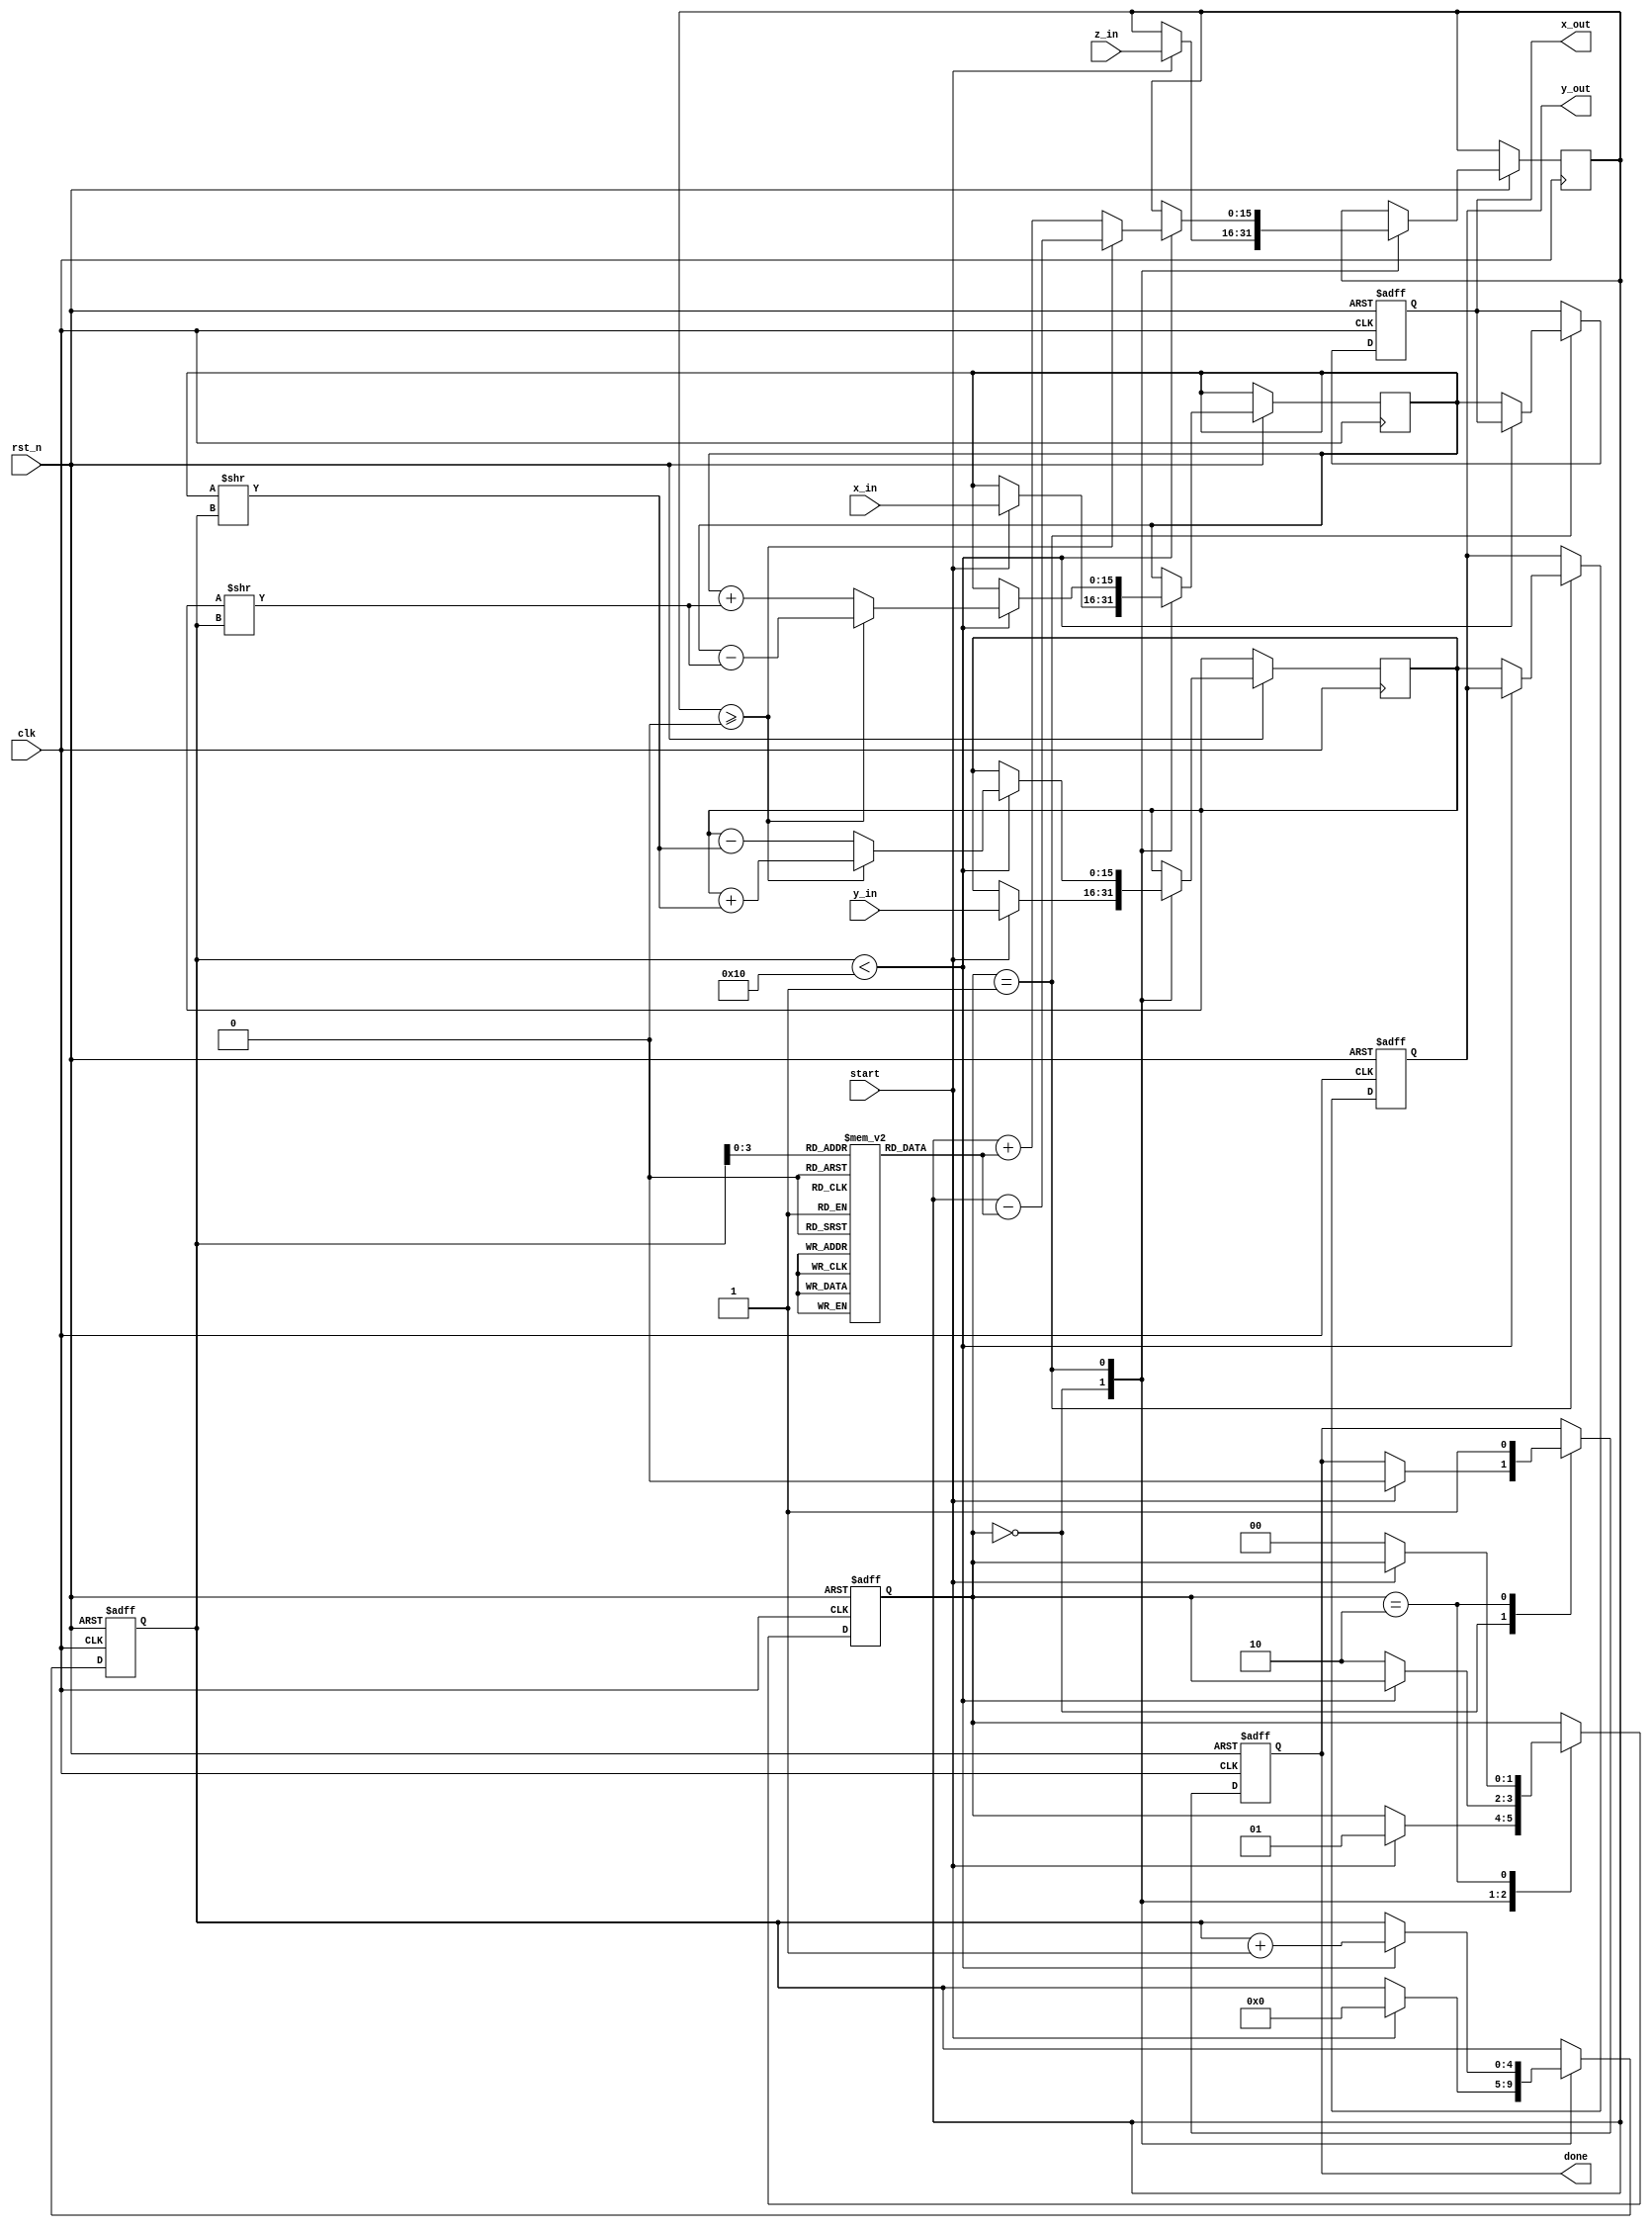
module modified_cordic #(
    parameter DATA_WIDTH = 16,     // Configurable input/output width
    parameter ITERATIONS = 16       // Number of CORDIC iterations
)(
    input wire clk,
    input wire rst_n,
    input wire start,
    input wire [DATA_WIDTH-1:0] x_in,   // Input X coordinate
    input wire [DATA_WIDTH-1:0] y_in,   // Input Y coordinate
    input wire [DATA_WIDTH-1:0] z_in,   // Input angle in radians
    output reg [DATA_WIDTH-1:0] x_out,  // Output X coordinate
    output reg [DATA_WIDTH-1:0] y_out,  // Output Y coordinate
    output reg done                    // Operation complete flag
);

    // CORDIC lookup table for arctangent values
    reg [DATA_WIDTH-1:0] atan_table [0:ITERATIONS-1];
    initial begin
        // Precomputed arctangent values (in fixed-point format)
        atan_table[0] = 16'h3FFF; // atan(2^0)
        atan_table[1] = 16'h2000; // atan(2^-1)
        atan_table[2] = 16'h1666; // atan(2^-2)
        atan_table[3] = 16'h0C89; // atan(2^-3)
        // ... fill in remaining values
    end

    // Internal registers
    reg [DATA_WIDTH-1:0] x_reg;
    reg [DATA_WIDTH-1:0] y_reg;
    reg [DATA_WIDTH-1:0] z_reg;
    reg [4:0] iteration; // Iteration counter
    reg [1:0] state;     // State machine for control

    // State machine parameters
    localparam IDLE = 2'b00;
    localparam RUN = 2'b01;
    localparam DONE = 2'b10;

    // Control unit
    always @(posedge clk or negedge rst_n) begin
        if (!rst_n) begin
            state <= IDLE;
            done <= 0;
            iteration <= 0;
            x_out <= 0;
            y_out <= 0;
        end else begin
            case (state)
                IDLE: begin
                    if (start) begin
                        x_reg <= x_in;
                        y_reg <= y_in;
                        z_reg <= z_in;
                        iteration <= 0;
                        state <= RUN;
                        done <= 0;
                    end
                end
                RUN: begin
                    if (iteration < ITERATIONS) begin
                        // CORDIC rotation logic
                        if (z_reg >= 0) begin
                            x_reg <= x_reg - (y_reg >> iteration);
                            y_reg <= y_reg + (x_reg >> iteration);
                            z_reg <= z_reg - atan_table[iteration];
                        end else begin
                            x_reg <= x_reg + (y_reg >> iteration);
                            y_reg <= y_reg - (x_reg >> iteration);
                            z_reg <= z_reg + atan_table[iteration];
                        end
                        iteration <= iteration + 1;
                    end else begin
                        x_out <= x_reg;
                        y_out <= y_reg;
                        state <= DONE;
                    end
                end
                DONE: begin
                    done <= 1;
                    if (!start) begin
                        state <= IDLE;
                    end
                end
            endcase
        end
    end

endmodule